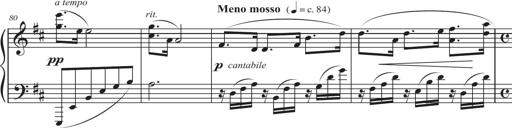
Title: Sonatina in D major
Composer: Shota Saitoh
Key: D major